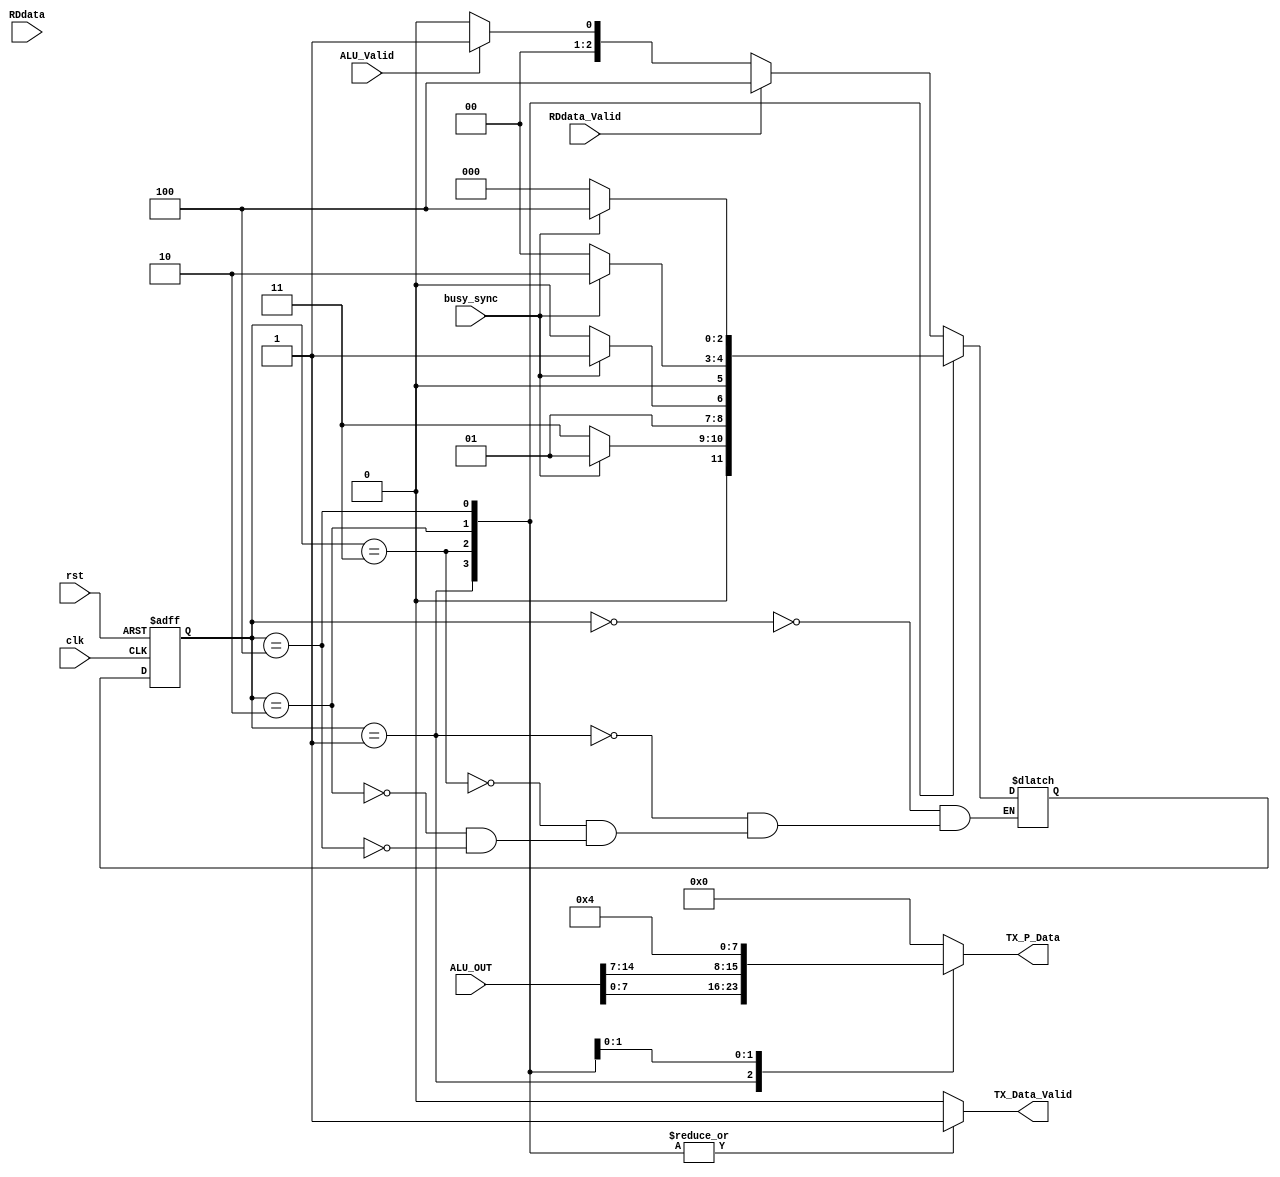
module sys_cntr_TX (
input                              clk,
input                              rst,
input       [15:0]             ALU_OUT,
input                        ALU_Valid,
input       [7:0]               RDdata,
input                     RDdata_Valid,
input                        busy_sync,   
output reg               TX_Data_Valid, 
output reg  [7:0]            TX_P_Data
);

   localparam [2:0]           IDEAL =3'b000,
                       ALU_1ST_Frame=3'b001,
					   ALU_2nd_Frame=3'b010,
					  ALU_TEMP_Frame=3'b011,
					    RDdata_Frame=3'b100;
						
reg  [2:0]	      current_state,next_state;

//transation state 
always@(posedge clk or negedge rst)
begin
 if(!rst)
  current_state<= IDEAL;
  else 
  current_state<= next_state;
end
 //outputlogic$state
 always@(*)
 begin
TX_Data_Valid = 0;
TX_P_Data     = 'h00;
  
       case(current_state)
 IDEAL: 
	  begin
	   //  if(!busy_sync )
		// begin
		     if(RDdata_Valid)
		   begin
		   next_state=RDdata_Frame;
		   end
		     else if (ALU_Valid)
			   next_state=ALU_1ST_Frame;
			  else
			   next_state=IDEAL;
		   end
	// end
	  
ALU_1ST_Frame:
begin
      TX_Data_Valid = 1;
      TX_P_Data     = ALU_OUT[7:0];
	  
           if(!busy_sync )
		     next_state=ALU_TEMP_Frame;
			else 
			 next_state=ALU_1ST_Frame;
		   
end
ALU_TEMP_Frame:
begin
      TX_Data_Valid = 1;
      TX_P_Data     = 0;
	  
           if(!busy_sync )
		     next_state=ALU_2nd_Frame;
			else 
			 next_state=ALU_TEMP_Frame;
		   
end


ALU_2nd_Frame:
begin
       TX_Data_Valid = 1;
       TX_P_Data     = ALU_OUT[15:7];
	   
            if(!busy_sync )
		     next_state=IDEAL;
			else 
			 next_state=ALU_2nd_Frame;
end
RDdata_Frame:
begin
      TX_Data_Valid = 1;
      TX_P_Data     = RDdata_Frame;
	  
            if(!busy_sync )
		     next_state=IDEAL;
			else 
			 next_state=RDdata_Frame;
end
			 
 
 
 endcase

 end
 
 endmodule